Burma Government Medical School reports 1923-41
Year: 1923
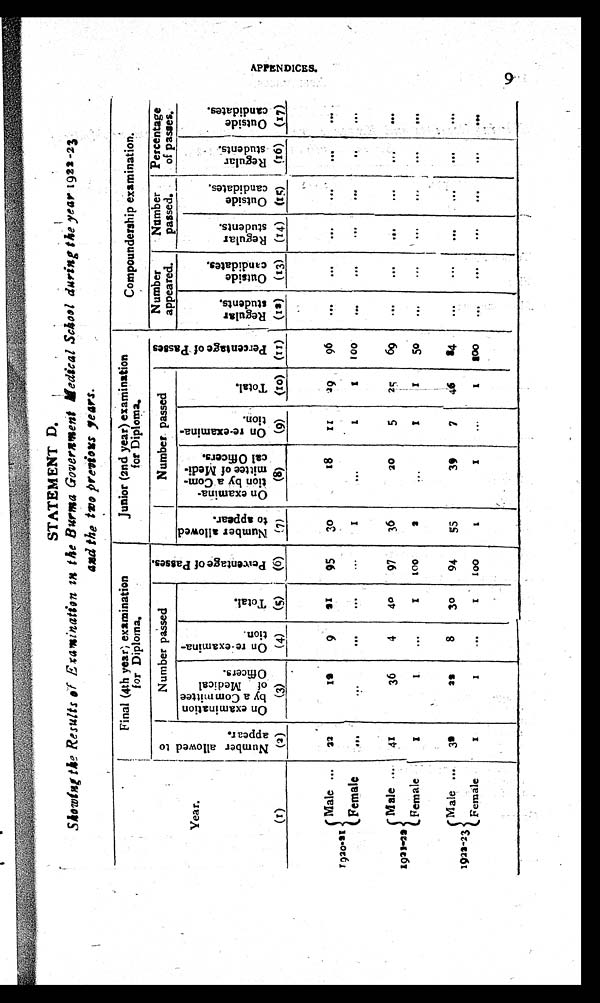
STATEMENT D
.
Showing the Results of Examination in the Burma Government Medical School during the year 1922-23
and the two previous years.
Year.
Final (4th year), examination
f o r D i p l o m a .
Junior (2nd year) examination
f o r D i p l o m a .
Compoundership examination.
N u m b e r a l l o w e d t o a p p e a r .
Number passed
P e r c e n t a g e o f P a s s e s .
Number passed
P e r c e n t a g e o f P a s s e s .
Number
appeared.
Number
passed.
Percentage
of passes.
O n e x a m i n a t i o n b y a c o m m i t t e e o f m e d i c a l O f f i e r s .
On r e - e x mi n a t i o n .
T o t a l .
N u m b e r a l l o w e d t o a p p e a r .
O n e x a m i n a t i o n b y a C o m m i t t e e o f M e d i c a l O f f i c e r s . O n r e - e x m i n a t i o n .
T o t a l .
R e g u l a r s t u d e n t s .
O u t s i d e c a n d i d a t e s .
Re g u l a r s t u d e n t s .
O u t s i d e c a n d i d a t e s .
Re gul a r s t ude nt s .
O u t s i d e c a n d i d a t e s .
(1)
(2)
(3)
(4)
(5) (6)
(7)
(8)
(9)
(1o)
( 1 1 )
(12) (13) (14) (15)
(16) (17)
1920-21
Male
22
1 2
9
2 1
95
30
18
1 1
29
96
Female
1
1
1 100
1921-22
Male
41
36
4
40
97
36
20
5
25
69
Female
1
1
1
100
2
1
1
5 0
1922-23
Male
32
2 2
8
3o
94
55
39
7
46
84
Female
1
1
1
1 0 0
1
1
1
1 0 0
Appendi x
9